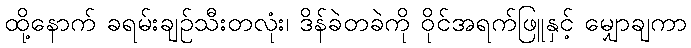
ထို့နောက် ခရမ်းချဉ်သီးတလုံး၊ ဒိန်ခဲတခဲကို ဝိုင်အရက်ဖြူနှင့် မျှောချကာ